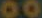
00